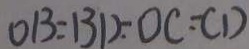
O B = B D = O C = C D